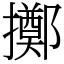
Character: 擲